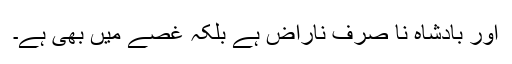
اور بادشاہ نا صرف ناراض ہے بلکہ غصے میں بھی ہے۔